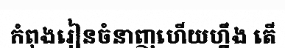
កំពុងរៀនចំនាញហើយហ្នឹង តើ